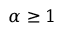
\alpha \ge 1